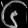
Digit: ၆